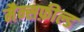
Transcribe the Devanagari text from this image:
मैन्सफ़ील्ड